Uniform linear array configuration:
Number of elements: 12
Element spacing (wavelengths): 0.25
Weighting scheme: cosine
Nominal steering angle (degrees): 60
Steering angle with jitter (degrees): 58.078
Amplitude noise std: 0.05
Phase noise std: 0.05

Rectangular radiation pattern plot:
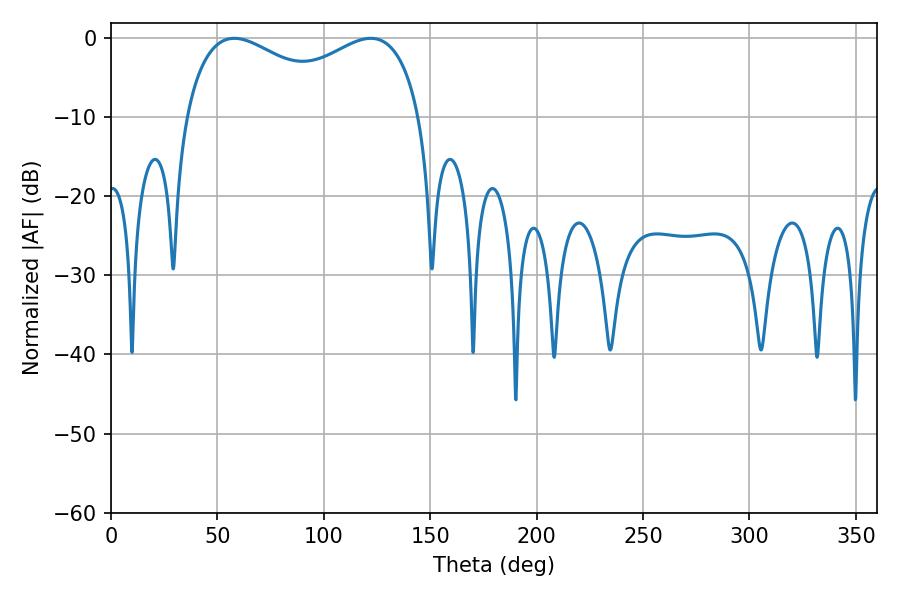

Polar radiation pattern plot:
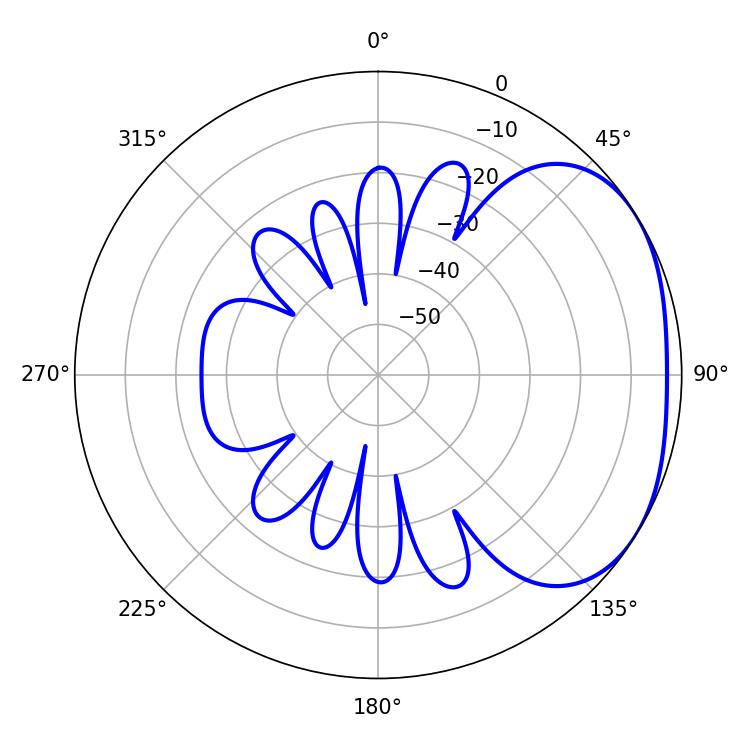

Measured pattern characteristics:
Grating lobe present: FALSE
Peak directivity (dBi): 2.461
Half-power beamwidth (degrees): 92.16
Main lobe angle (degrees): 57.96